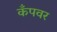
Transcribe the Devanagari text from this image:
कँपवर